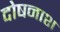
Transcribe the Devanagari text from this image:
दोषनाश